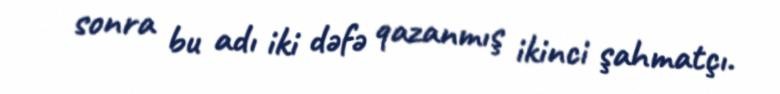
sonra bu adı iki dəfə qazanmış ikinci şahmatçı.